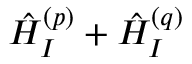
\hat { H } _ { I } ^ { ( p ) } + \hat { H } _ { I } ^ { ( q ) }